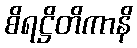
စိရဋ္ဌိတိကာနိ